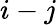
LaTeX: i-j